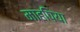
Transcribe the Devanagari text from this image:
माहपिया